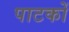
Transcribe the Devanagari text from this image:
पाटकों